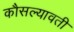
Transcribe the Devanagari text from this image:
कौसल्यावती